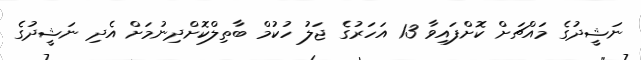
ނަޝީދުގެ މައްޗަށް ކޮށްފައިވާ 13 އަހަރުގެ ޖަލު ހުކުމް ބާތިލްކޮށްދިނުމަށް އެދި ނަޝީދުގެ